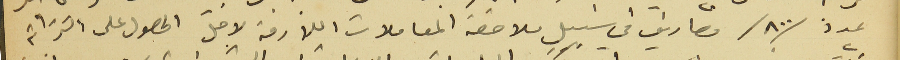
عدد /٨٠٠/ مصاريف في سبيل ملاحقة المعاملات اللازمة لاجل الحصول على الترابة